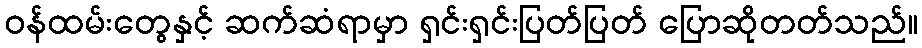
ဝန်ထမ်းတွေနှင့် ဆက်ဆံရာမှာ ရှင်းရှင်းပြတ်ပြတ် ပြောဆိုတတ်သည်။